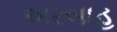
અરબાહ